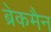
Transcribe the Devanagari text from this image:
ब्रेकमैन